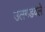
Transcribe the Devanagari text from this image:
उलगडवले